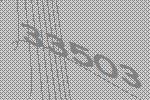
33503